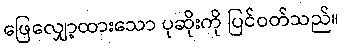
ဖြေလျှော့ထားသော ပုဆိုးကို ပြင်ဝတ်သည်။